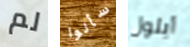
لم سألوا أيلول